Vaccination in Bombay 1856-1862 - 1856-1862
Year: 1856
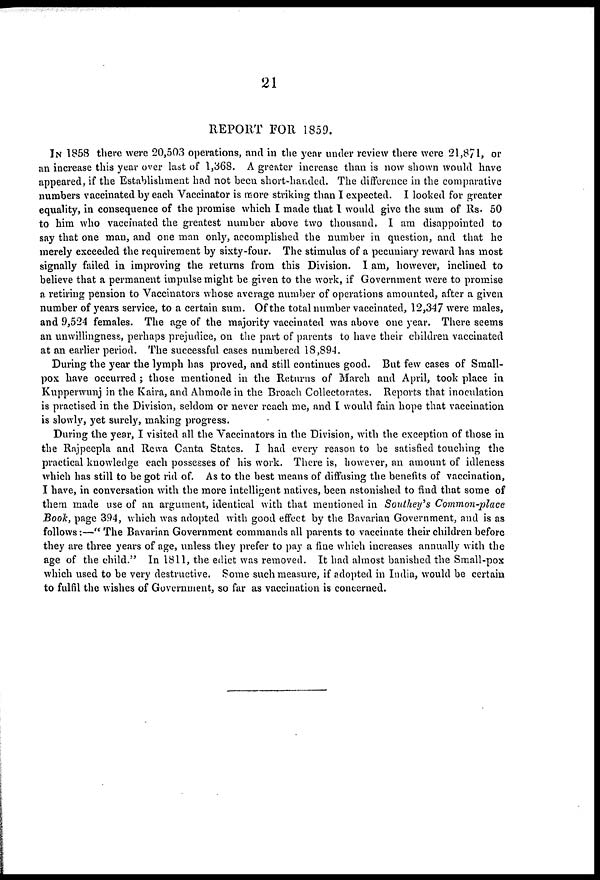
21
REPORT FOR 1859.
IN 1858 there were 20,503 operations, and in the year under review there were 21,871, or
an increase this year over last of 1,368. A greater increase than is now shown would have
appeared, if the Establishment had not been short-handed. The difference in the comparative
numbers vaccinated by each Vaccinator is more striking than I expected. I looked for greater
equality, in consequence of the promise which I made that I would give the sum of Rs. 50
to him who vaccinated the greatest number above two thousand. I am disappointed to
say that one man, and one man only, accomplished the number in question, and that he
merely exceeded the requirement by sixty-four. The stimulus of a pecuniary reward has most
signally failed in improving the returns from this Division. I am, however, inclined to
believe that a permanent impulse might be given to the work, if Government were to promise
a retiring pension to Vaccinators whose average number of operations amounted, after a given
number of years service, to a certain sum. Of the total number vaccinated, 12,347 were males,
and 9,524 females. The age of the majority vaccinated was above one year. There seems
an unwillingness, perhaps prejudice, on the part of parents to have their children vaccinated
at an earlier period. The successful cases numbered 18,894.
During the year the lymph has proved, and still continues good. But few cases of Small-
pox have occurred ; those mentioned in the Returns of March and April, took place in
Kupperwunj in the Kaira, and Ahmode in the Broach Collectorates. Reports that inoculation
is practised in the Division, seldom or never reach me, and I would fain hope that vaccination
is slowly, yet surely, making progress.
During the year, I visited all the Vaccinators in the Division, with the exception of those in
the Rajpeepla and Rewa Canta States. I had every reason to be satisfied touching the
practical knowledge each possesses of his work. There is, however, an amount of idleness
which has still to be got rid of. As to the best means of diffusing the benefits of vaccination,
I have, in conversation with the more intelligent natives, been astonished to find that some of
them made use of an argument, identical with that mentioned in Southey's Common-place
Book, page 394, which was adopted with good effect by the Bavarian Government, and is as
follows:—" The Bavarian Government commands all parents to vaccinate their children before
they are three years of age, unless they prefer to pay a fine which increases annually with the
age of the child." In 1811, the edict was removed. It had almost banished the Small-pox
which used to be very destructive. Some such measure, if adopted in India, would be certain
to fulfil the wishes of Government, so far as vaccination is concerned.